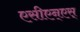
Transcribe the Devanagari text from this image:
एसीएन्एस्